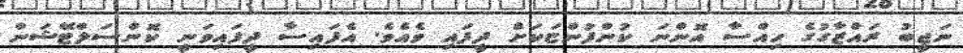
ނަޖީބު ރައްޒާގުގެ ހިއްސާ އޮންނަ ކުންފުންޏަކަށް ދީފައި ވެއެވެ. އެފައިސާ ދީފައިވަނީ ކޮންސަލްޓޭޝަން